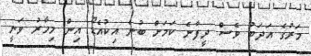
މަރުގެ އަދަބު ވެސް ދީފާނެ ކަމަށް ބުނެ އިކުއެޑޯ އިން މިހާރު ވަނީ